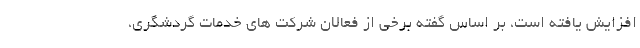
افزایش یافته است، بر اساس گفته برخی از فعالان شرکت های خدمات گردشگری،